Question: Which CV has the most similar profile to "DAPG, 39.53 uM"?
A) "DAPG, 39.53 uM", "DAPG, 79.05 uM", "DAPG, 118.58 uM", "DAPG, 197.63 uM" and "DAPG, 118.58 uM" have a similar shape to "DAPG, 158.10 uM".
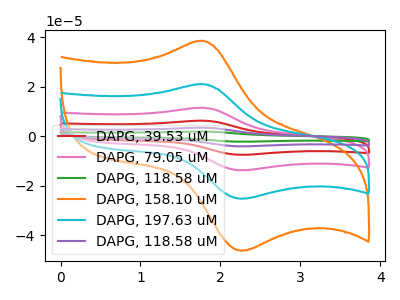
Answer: <think>The red curve "DAPG, 39.53 uM" has an anodic peak at (1.75V, 63.15uA) and a cathodic peak at (2.25V, -75.80uA). The pink curve "DAPG, 79.05 uM" has an anodic peak at (1.75V, 42.10uA) and a cathodic peak at (2.25V, -50.55uA). The green curve "DAPG, 118.58 uM" has an anodic peak at (1.75V, 105.30uA) and a cathodic peak at (2.25V, -126.30uA). The orange curve "DAPG, 158.10 uM" has an anodic peak at (1.75V, 38.60uA) and a cathodic peak at (2.25V, -46.30uA). The cyan curve "DAPG, 197.63 uM" has an anodic peak at (1.75V, 21.05uA) and a cathodic peak at (2.25V, -25.25uA). The purple curve "DAPG, 118.58 uM" has an anodic peak at (1.75V, 84.20uA) and a cathodic peak at (2.25V, -101.05uA).
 All the peaks in "DAPG, 39.53 uM" have a peak in "DAPG, 79.05 uM" at the same potential. Every peak in "DAPG, 39.53 uM" is higher than every peak in "DAPG, 79.05 uM". All the peaks in "DAPG, 39.53 uM" have a peak in "DAPG, 118.58 uM" at the same potential. Every peak in "DAPG, 39.53 uM" is lower than every peak in "DAPG, 118.58 uM". All the peaks in "DAPG, 39.53 uM" have a peak in "DAPG, 158.10 uM" at the same potential. Every peak in "DAPG, 39.53 uM" is higher than every peak in "DAPG, 158.10 uM". All the peaks in "DAPG, 39.53 uM" have a peak in "DAPG, 197.63 uM" at the same potential. Every peak in "DAPG, 39.53 uM" is higher than every peak in "DAPG, 197.63 uM". All the peaks in "DAPG, 39.53 uM" have a peak in "DAPG, 118.58 uM" at the same potential. Every peak in "DAPG, 39.53 uM" is lower than every peak in "DAPG, 118.58 uM". All the peaks in "DAPG, 79.05 uM" have a peak in "DAPG, 118.58 uM" at the same potential. Every peak in "DAPG, 79.05 uM" is lower than every peak in "DAPG, 118.58 uM". All the peaks in "DAPG, 79.05 uM" have a peak in "DAPG, 158.10 uM" at the same potential. Every peak in "DAPG, 79.05 uM" is higher than every peak in "DAPG, 158.10 uM". All the peaks in "DAPG, 79.05 uM" have a peak in "DAPG, 197.63 uM" at the same potential. Every peak in "DAPG, 79.05 uM" is higher than every peak in "DAPG, 197.63 uM". All the peaks in "DAPG, 79.05 uM" have a peak in "DAPG, 118.58 uM" at the same potential. Every peak in "DAPG, 79.05 uM" is lower than every peak in "DAPG, 118.58 uM". All the peaks in "DAPG, 118.58 uM" have a peak in "DAPG, 158.10 uM" at the same potential. Every peak in "DAPG, 118.58 uM" is higher than every peak in "DAPG, 158.10 uM". All the peaks in "DAPG, 118.58 uM" have a peak in "DAPG, 197.63 uM" at the same potential. Every peak in "DAPG, 118.58 uM" is higher than every peak in "DAPG, 197.63 uM". All the peaks in "DAPG, 118.58 uM" have a peak in "DAPG, 118.58 uM" at the same potential. Every peak in "DAPG, 118.58 uM" is higher than every peak in "DAPG, 118.58 uM". All the peaks in "DAPG, 158.10 uM" have a peak in "DAPG, 197.63 uM" at the same potential. Every peak in "DAPG, 158.10 uM" is higher than every peak in "DAPG, 197.63 uM". All the peaks in "DAPG, 158.10 uM" have a peak in "DAPG, 118.58 uM" at the same potential. Every peak in "DAPG, 158.10 uM" is lower than every peak in "DAPG, 118.58 uM". All the peaks in "DAPG, 197.63 uM" have a peak in "DAPG, 118.58 uM" at the same potential. Every peak in "DAPG, 197.63 uM" is lower than every peak in "DAPG, 118.58 uM".</think>
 <answer>A) "DAPG, 39.53 uM", "DAPG, 79.05 uM", "DAPG, 118.58 uM", "DAPG, 197.63 uM" and "DAPG, 118.58 uM" have a similar shape to "DAPG, 158.10 uM".</answer>
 <eval>A</eval>